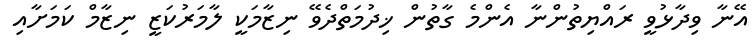
އޭނާ ވިދާޅުވީ ރައްޔިތުންނާ އެންމެ ގާތުން ޚިދުމަތްދެވޭ ނިޒާމަކީ ލާމަރުކަޒީ ނިޒާމް ކަމަށާއި